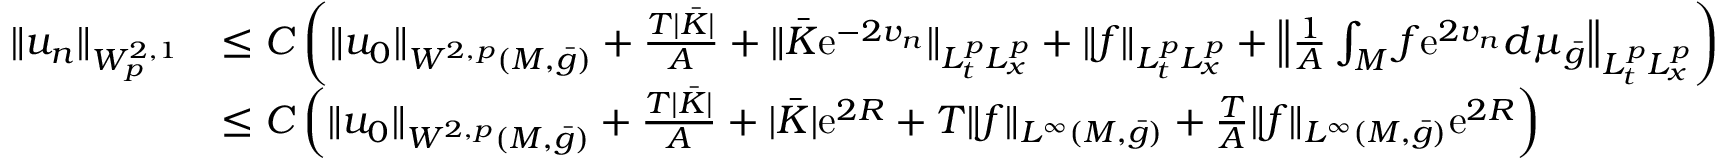
\begin{array} { r l } { \| u _ { n } \| _ { W _ { p } ^ { 2 , 1 } } } & { \le C \left( \| u _ { 0 } \| _ { W ^ { 2 , p } ( M , \bar { g } ) } + \frac { T | \bar { K } | } { A } + \| \bar { K } \mathrm { e } ^ { - 2 v _ { n } } \| _ { L _ { t } ^ { p } L _ { x } ^ { p } } + \| f \| _ { L _ { t } ^ { p } L _ { x } ^ { p } } + \left\| \frac 1 A \int _ { M } f \mathrm { e } ^ { 2 v _ { n } } d \mu _ { \bar { g } } \right\| _ { L _ { t } ^ { p } L _ { x } ^ { p } } \right) } \\ & { \le C \left( \| u _ { 0 } \| _ { W ^ { 2 , p } ( M , \bar { g } ) } + \frac { T | \bar { K } | } { A } + | \bar { K } | \mathrm { e } ^ { 2 R } + T \| f \| _ { L ^ { \infty } ( M , \bar { g } ) } + \frac { T } A \| f \| _ { L ^ { \infty } ( M , \bar { g } ) } \mathrm { e } ^ { 2 R } \right) } \end{array}